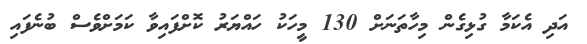
އަދި އެކަމާ ގުޅިގެން މިހާތަނަށް 130 މީހަކު ހައްޔަރު ކޮށްފައިވާ ކަމަށްވެސް ބުނެފައި